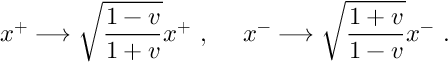
x ^ { + } \longrightarrow \sqrt { { \frac { 1 - v } { 1 + v } } } x ^ { + } \ , \ \ \ \ x ^ { - } \longrightarrow \sqrt { { \frac { 1 + v } { 1 - v } } } x ^ { - } \ .